Epidemic dropsy in Calcutta - Number 49
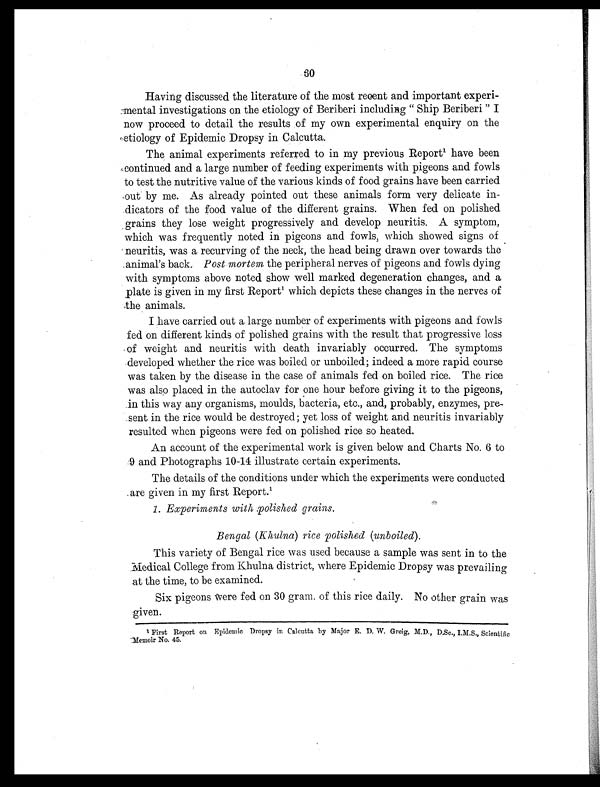
60
Having discussed the literature of the most recent and important experi-
mental investigations on the etiology of Beriberi including " Ship Beriberi " I
now proceed to detail the results of my own experimental enquiry on the
etiology of Epidemic Dropsy in Calcutta.
The animal experiments referred to in my previous Report1 h a v e b e e n
continued and a large number of feeding experiments with pigeons and fowls
to test the nutritive value of the various kinds of food grains have been carried
out by me. As already pointed out these animals form very delicate in-
dicators of the food value of the different grains. When fed on polished
grains they lose weight progressively and develop neuritis. A symptom,
which was frequently noted in pigeons and fowls, which showed signs of
neuritis, was a recurving of the neck, the head being drawn over towards the
animal's back. Post mortem the peripheral nerves of pigeons and fowls dying
with symptoms above noted show well marked degeneration changes, and a
plate is given in my first Report 1 w h i c h d e p i c t s t h e s e c h a n g e s i n t h e n e r v e s o f
the animals.
I have carried out a large number of experiments with pigeons and fowls
fed on different kinds of polished grains with the result that progressive loss
of weight and neuritis with death invariably occurred. The symptoms
developed whether the rice was boiled or unboiled; indeed a more rapid course
was taken by the disease in the case of animals fed on boiled rice. The rice
was also placed in the autoclav for one hour before giving it to the pigeons,
in this way any organisms, moulds, bacteria, etc., and, probably, enzymes, pre-
sent in the rice would be destroyed; yet loss of weight and neuritis invariably
resulted when pigeons were fed on polished rice so heated.
An account of the experimental work is given below and Charts No. 6 to
9 and Photographs 10-14 illustrate certain experiments.
The details of the conditions under which the experiments were conducted
are given in my first Report.1
1. Experiments with polished grains.
Bengal (Khulna) rice polished (unboiled) .
This variety of Bengal rice was used because a sample was sent in to the
Medical College from Khulna district, where Epidemic Dropsy was prevailing
at the time, to be examined.
Six pigeons Were fed on 30 gram. of this rice daily. No other grain was
given.
1
First Report on Epidemic Dropsy in Calcutta by Major E. D. W. Greig, M.D., D.Sc., I.M.S., Scientific
Memoir No. 45.